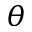
\theta